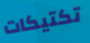
تكتيكات